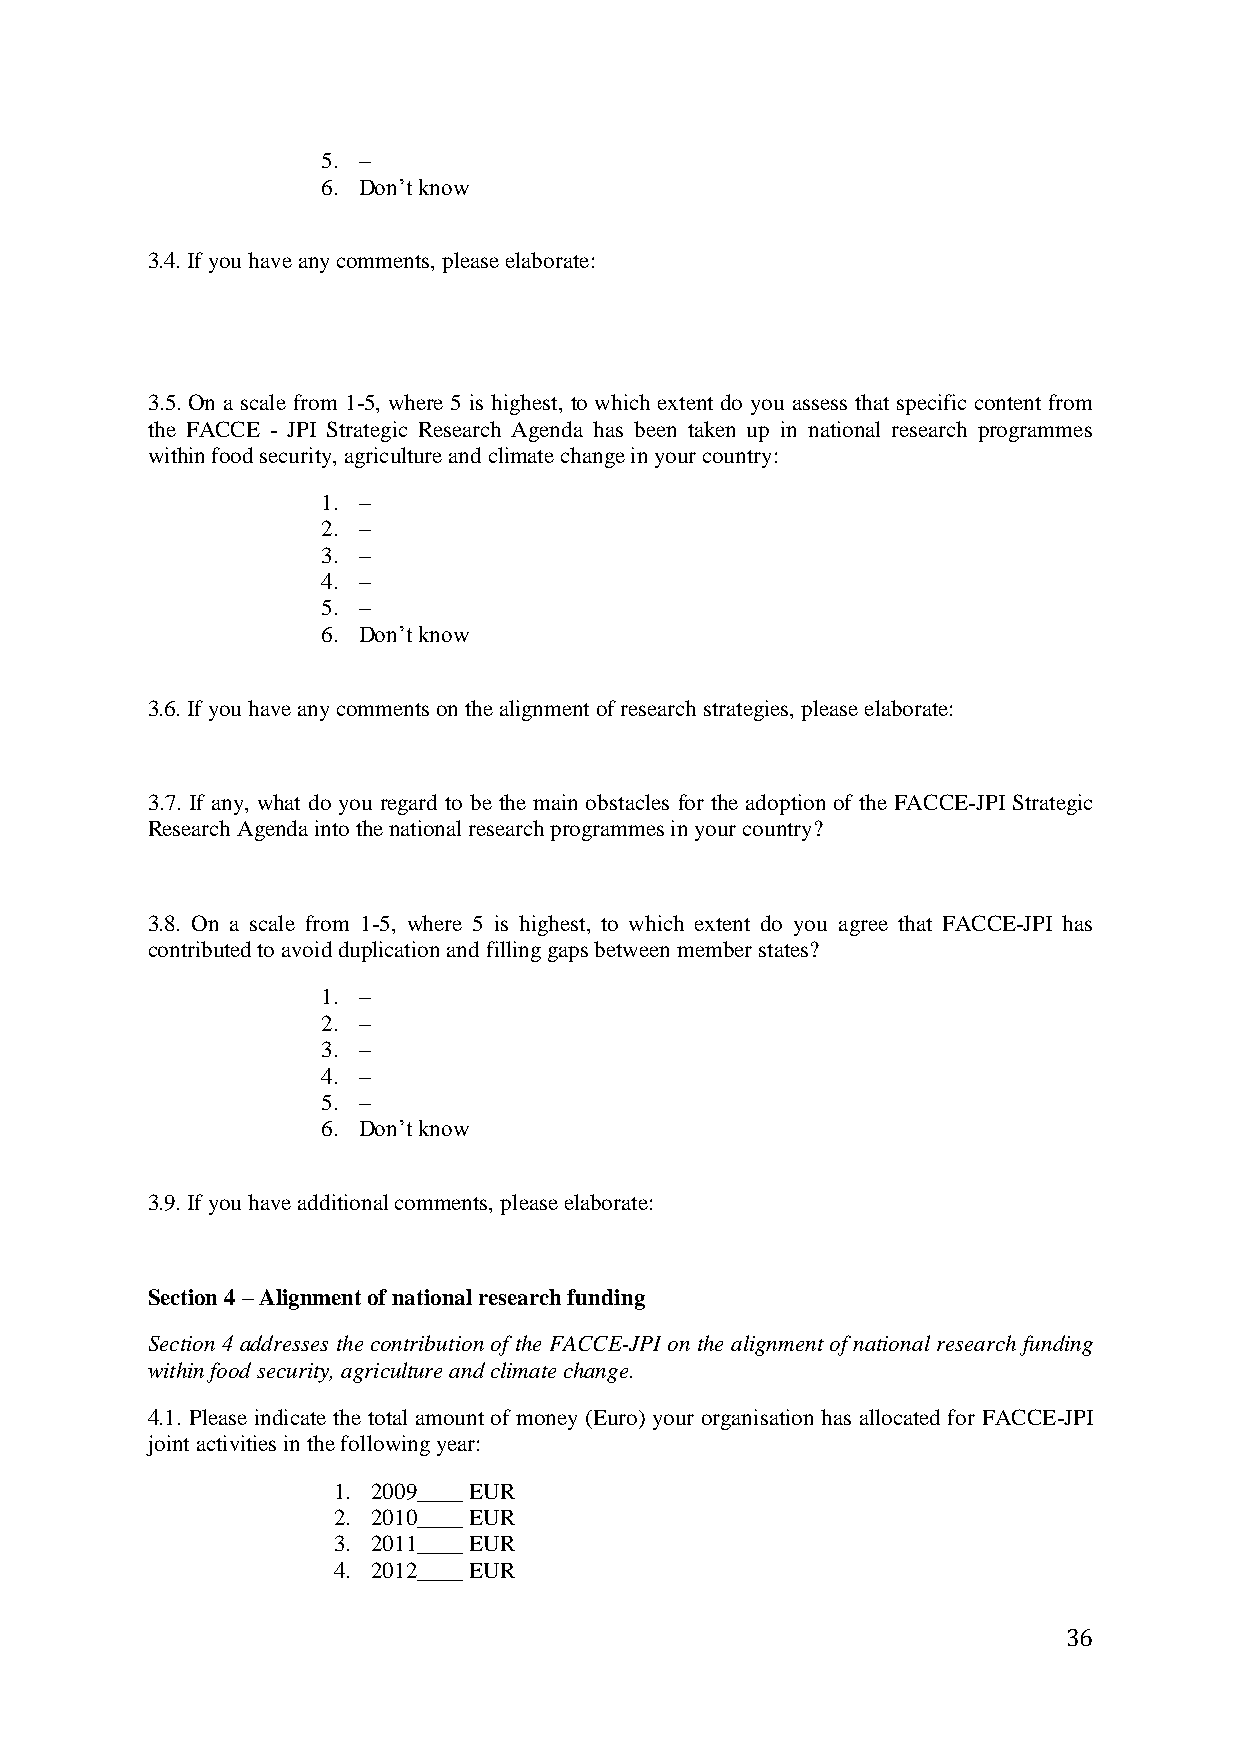
5. –
 6. Don‟t know
 3.4. If you have any comments, please elaborate:
 3.5. On a scale from 1-5, where 5 is highest, to which extent do you assess that specific content from
 the FACCE - JPI Strategic Research Agenda has been taken up in national research programmes
 within food security, agriculture and climate change in your country:
 1. –
 2. –
 3. –
 4. –
 5. –
 6. Don‟t know
 3.6. If you have any comments on the alignment of research strategies, please elaborate:
 3.7. If any, what do you regard to be the main obstacles for the adoption of the FACCE-JPI Strategic
 Research Agenda into the national research programmes in your country?
 3.8. On a scale from 1-5, where 5 is highest, to which extent do you agree that FACCE-JPI has
 contributed to avoid duplication and filling gaps between member states?
 1. –
 2. –
 3. –
 4. –
 5. –
 6. Don‟t know
 3.9. If you have additional comments, please elaborate:
 Section 4 – Alignment of national research funding
 Section 4 addresses the contribution of the FACCE-JPI on the alignment of national research funding
 within food security, agriculture and climate change.
 4.1. Please indicate the total amount of money (Euro) your organisation has allocated for FACCE-JPI
 joint activities in the following year:
 1. 2009____ EUR
 2. 2010____ EUR
 3. 2011____ EUR
 4. 2012____ EUR
 36